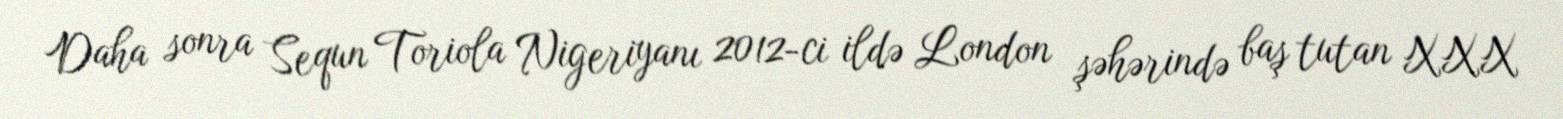
Daha sonra Sequn Toriola Nigeriyanı 2012-ci ildə London şəhərində baş tutan XXX